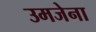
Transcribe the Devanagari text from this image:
उमजेना